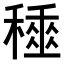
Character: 𥢰